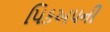
પિકઅપની